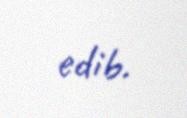
edib.